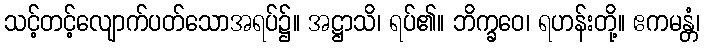
သင့်တင့်လျောက်ပတ်သောအရပ်၌။ အဋ္ဌာသိ၊ ရပ်၏။ ဘိက္ခဝေ၊ ရဟန်းတို့။ ဧကမန္တံ၊